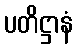
ပတိဋ္ဌာနံ